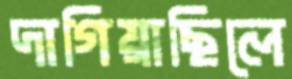
দাগিয়াছিলে